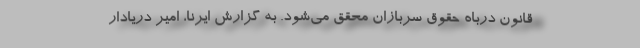
قانون درباه حقوق سربازان محقق می‌شود. به گزارش ایرنا، امیر دریادار